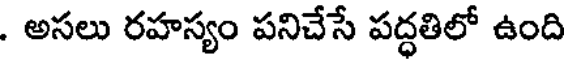
. అసలు రహస్యం పనిచేసే పద్ధతిలో ఉంది